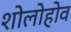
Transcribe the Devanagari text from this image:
शोलोहोव